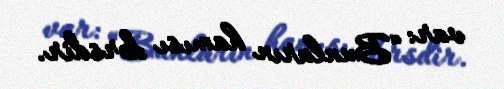
var: “Bunların hamısı dərsdir.